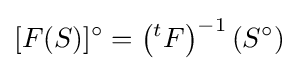
[F(S)]^{\circ }=\left({}^{t}F\right)^{-1}\left(S^{\circ }\right)